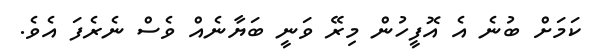
ކަމަށް ބުނެ އެ އޮފީހުން މިރޭ ވަނީ ބަޔާނެއް ވެސް ނެރެފަ އެވެ.